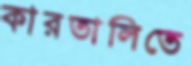
কারতালিতে